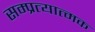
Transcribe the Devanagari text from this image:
सम्प्रत्यात्मक